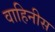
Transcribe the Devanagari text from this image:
वाहिनीस